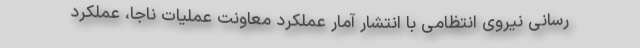
رسانی نیروی انتظامی با انتشار آمار عملکرد معاونت عملیات ناجا، عملکرد